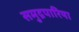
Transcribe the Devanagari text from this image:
समुद्रपारिया